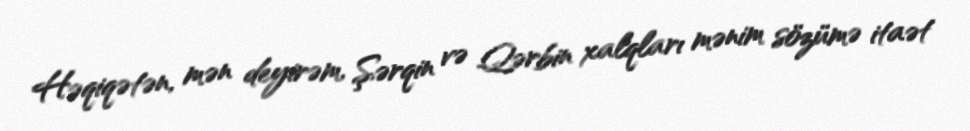
Həqiqətən, mən deyirəm, Şərqin və Qərbin xalqları mənim sözümə itaət